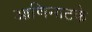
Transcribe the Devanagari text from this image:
आणिनाटके